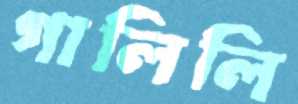
গালিলি